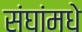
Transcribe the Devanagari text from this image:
संघांमधे